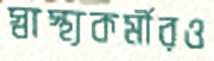
স্বাস্থ্যকর্মীরও